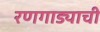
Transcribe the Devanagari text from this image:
रणगाड्याची